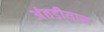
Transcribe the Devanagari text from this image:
अंतड़ीयान